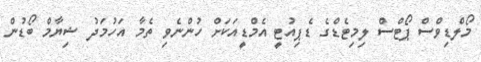
މޯލްޑިވްސް ޕޯޓްސް ލިމިޓެޑްގެ ޑެޕިއުޓީ އެމްޑީއަކަށް ހުންނެވި ތެމާ އަހުމަދު ޝިޔާމް ބޯޑުން